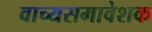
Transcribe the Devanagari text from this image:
वाच्यसमावेशक